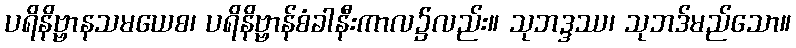
ပရိနိဗ္ဗာနသမယေစ၊ ပရိနိဗ္ဗာန်စံခါနီးကာလ၌လည်း။ သုဘဒ္ဒဿ၊ သုဘဒ်မည်သော။